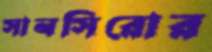
সানসিরোর